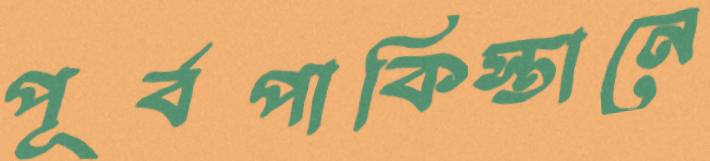
পূর্বপাকিস্তানে